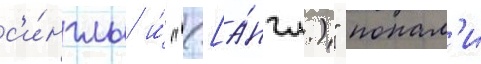
с'и́нглы и́ "([а́нгл.)" попал'и